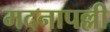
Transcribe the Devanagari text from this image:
मदनापल्ली